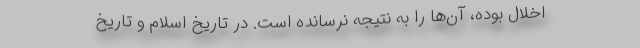
اخلال بوده، آن‌ها را به نتیجه نرسانده است. در تاریخ اسلام و تاریخ